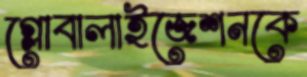
গ্লোবালাইজেশনকে